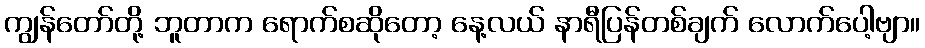
ကျွန်တော်တို့ ဘူတာက ရောက်စဆိုတော့ နေ့လယ် နာရီပြန်တစ်ချက် လောက်ပေါ့ဗျာ။